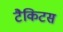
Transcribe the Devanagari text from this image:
टैकिटस